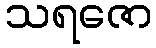
သရဇော